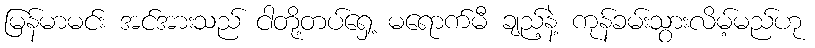
မြန်မာမင်း အင်အားသည် ငါတို့တပ်ရှေ့ မရောက်မီ ချည့်နဲ့ ကုန်ခမ်းသွားလိမ့်မည်ဟု